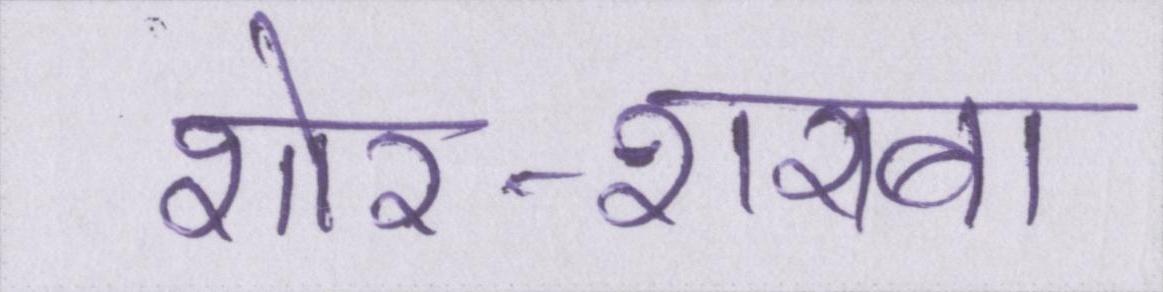
शोर-शराबा